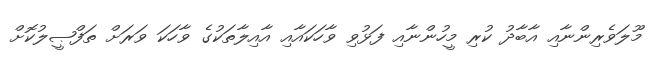
މޫލަވެރިންނާއި އާބާދު ކުރި މީހުންނާއި ފަޅުވި ވާހަކައާއި އާއިލާތަކުގެ ވާހަކަ ވަރަށް ތަފްޞީލުކޮށް